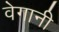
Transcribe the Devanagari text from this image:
वेगानी